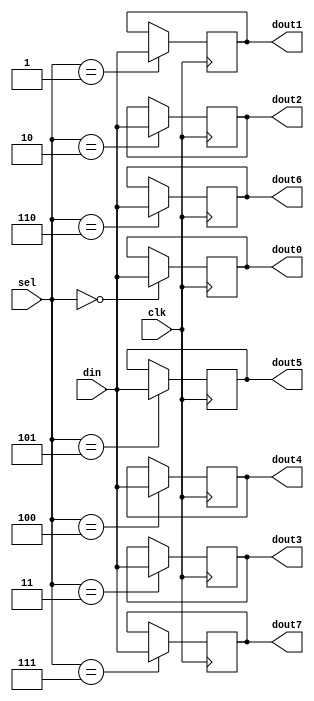
module mux(din, clk, sel, dout0, dout1, dout2, dout3, dout4, dout5, dout6, dout7);

input[31:0] din;
input[2:0] sel;
input clk;
output reg [31:0] dout0, dout1, dout2, dout3, dout4, dout5, dout6, dout7;

 always@(posedge clk)begin 
    case(sel)  
        3'b000: dout0<=din;
        3'b001: dout1<=din;
        3'b010: dout2<=din;
        3'b011: dout3<=din;
        3'b100: dout4<=din;
        3'b101: dout5<=din;
        3'b110: dout6<=din;
        3'b111: dout7<=din;
        default: begin  dout7<=32'b0; dout6<=32'b0; dout5<=32'b0; dout4<=32'b0; 
                        dout3<=32'b0; dout2<=32'b0; dout1<=32'b0; dout0<=32'b0; end
    endcase
end
endmodule